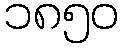
၁၈၅၀